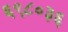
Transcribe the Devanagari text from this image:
६९८०३६